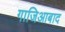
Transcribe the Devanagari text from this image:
गाजिआबाद